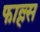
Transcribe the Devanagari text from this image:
फाल्ल्स